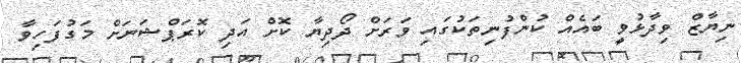
ނިޔާޒް ވިދާޅުވީ ބައެއް ކުންފުނިތަކުގައި ވަރަށް ދޯދިޔާ ކޮށް އަދި ކޮރަޕްޝަނަށް މަގުފަހިވާ